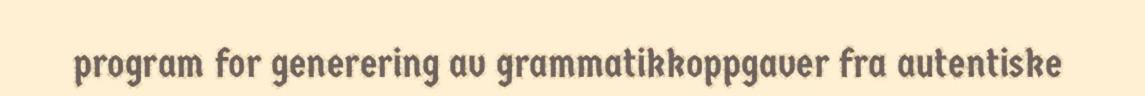
program for generering av grammatikkoppgaver fra autentiske